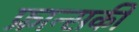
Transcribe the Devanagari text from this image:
फ्रान्सकी